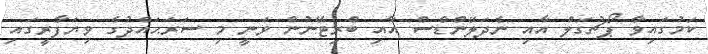
ކަމުގައިވާ ޕޯޗުގަލް އާއި ނެދަލޭންޑްސް އާއި ބްރިޓޭނުން ވަނީ މި ސަރަޙައްދުގެ ވިޔަފާރީގައި